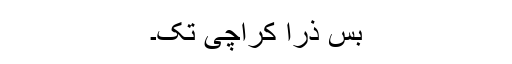
بس ذرا کراچی تک۔